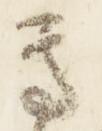
尊